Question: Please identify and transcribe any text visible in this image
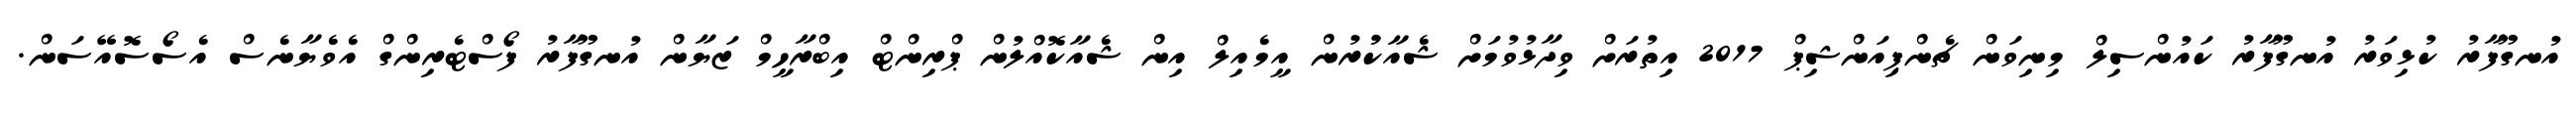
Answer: އުނގޫފާރު ކުޅިވަރު އުނގޫފާރު ކައުންސިލް މިނިވަން ޗެންޕިއަންޝިޕް 2017 އިތުރަށް ވިދާޅުވުމަށް ޝެއާކުުރުން އީމެއިލް އިން ޝެއާކޮއްލުން ޕްރިންޓް އިބްރާހީމް ޒަޔާން އުނގޫފާރު ފޯސްޓެރިންގް އެވެޔާނެސް އެސޯސޮއޭސަން.